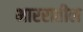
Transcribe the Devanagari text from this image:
भाररातील